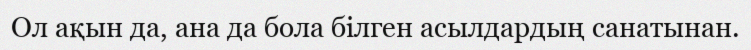
Ол ақын да, ана да бола білген асылдардың санатынан.